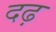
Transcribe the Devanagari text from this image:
दढ़